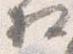
相